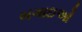
બગાઇઓ